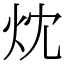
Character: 㶩